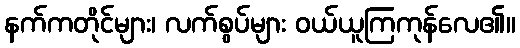
နက်ကတိုင်များ၊ လက်စွပ်များ ဝယ်ယူကြကုန်လေ၏။